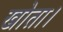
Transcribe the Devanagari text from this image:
खोता।